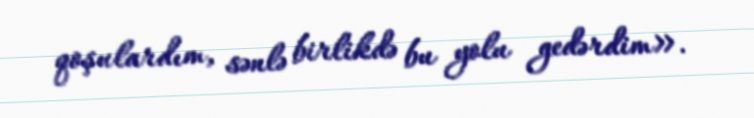
qoşulardım, sənlə birlikdə bu yolu gedərdim».